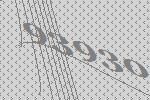
93930